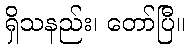
ရှိသနည်း၊ တော်ပြီ။